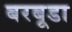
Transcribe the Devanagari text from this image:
बरबूडा